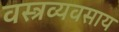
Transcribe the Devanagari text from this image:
वस्त्रव्यवसाय